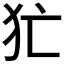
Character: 𤜪